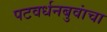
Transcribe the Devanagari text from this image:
पटवर्धनबुवांचा